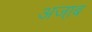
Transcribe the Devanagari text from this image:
अजा़ब